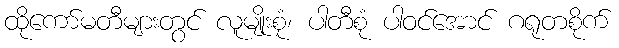
ထိုကော်မတီများတွင် လူမျိုးစုံ၊ ပါတီစုံ ပါဝင်အောင် ဂရုတစိုက်